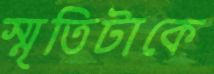
স্মৃতিটাকে